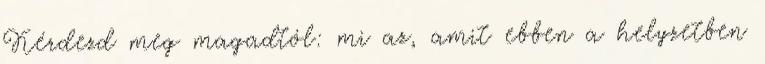
Kérdezd meg magadtól: mi az, amit ebben a helyzetben